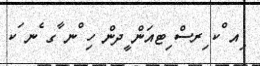
ިއ ްކ ިރސް ިޓއަން ީދން ހި ްނ ާގ ެނ ަކ